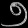
Digit: ၅